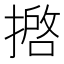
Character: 𢴖